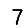
Digit: 7